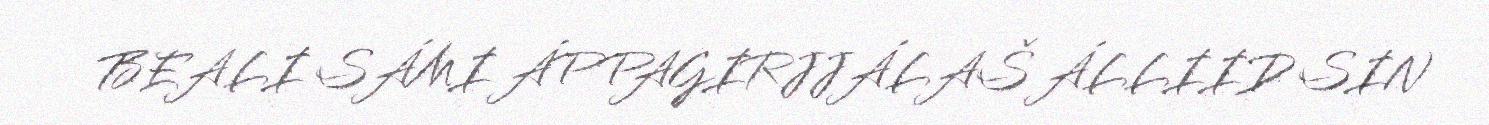
BEALI SÁMI ÁPPAGIRJJÁLAŠ ÁLLIID SIN